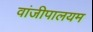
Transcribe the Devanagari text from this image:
वांजीपालयम